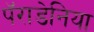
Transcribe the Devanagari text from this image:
पॅराडेनिया